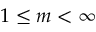
1 \le m < \infty